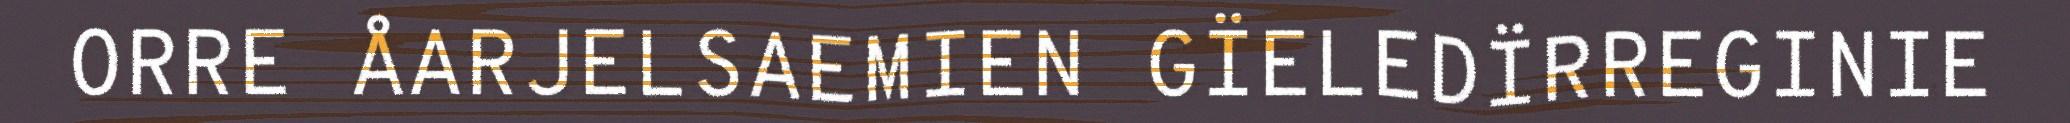
ORRE ÅARJELSAEMIEN GÏELEDÏRREGINIE